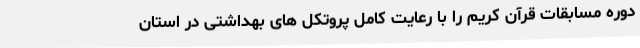
دوره مسابقات قرآن کریم را با رعایت کامل پروتکل های بهداشتی در استان